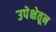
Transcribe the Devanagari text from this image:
उपेक्षेतून